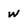
Character: w